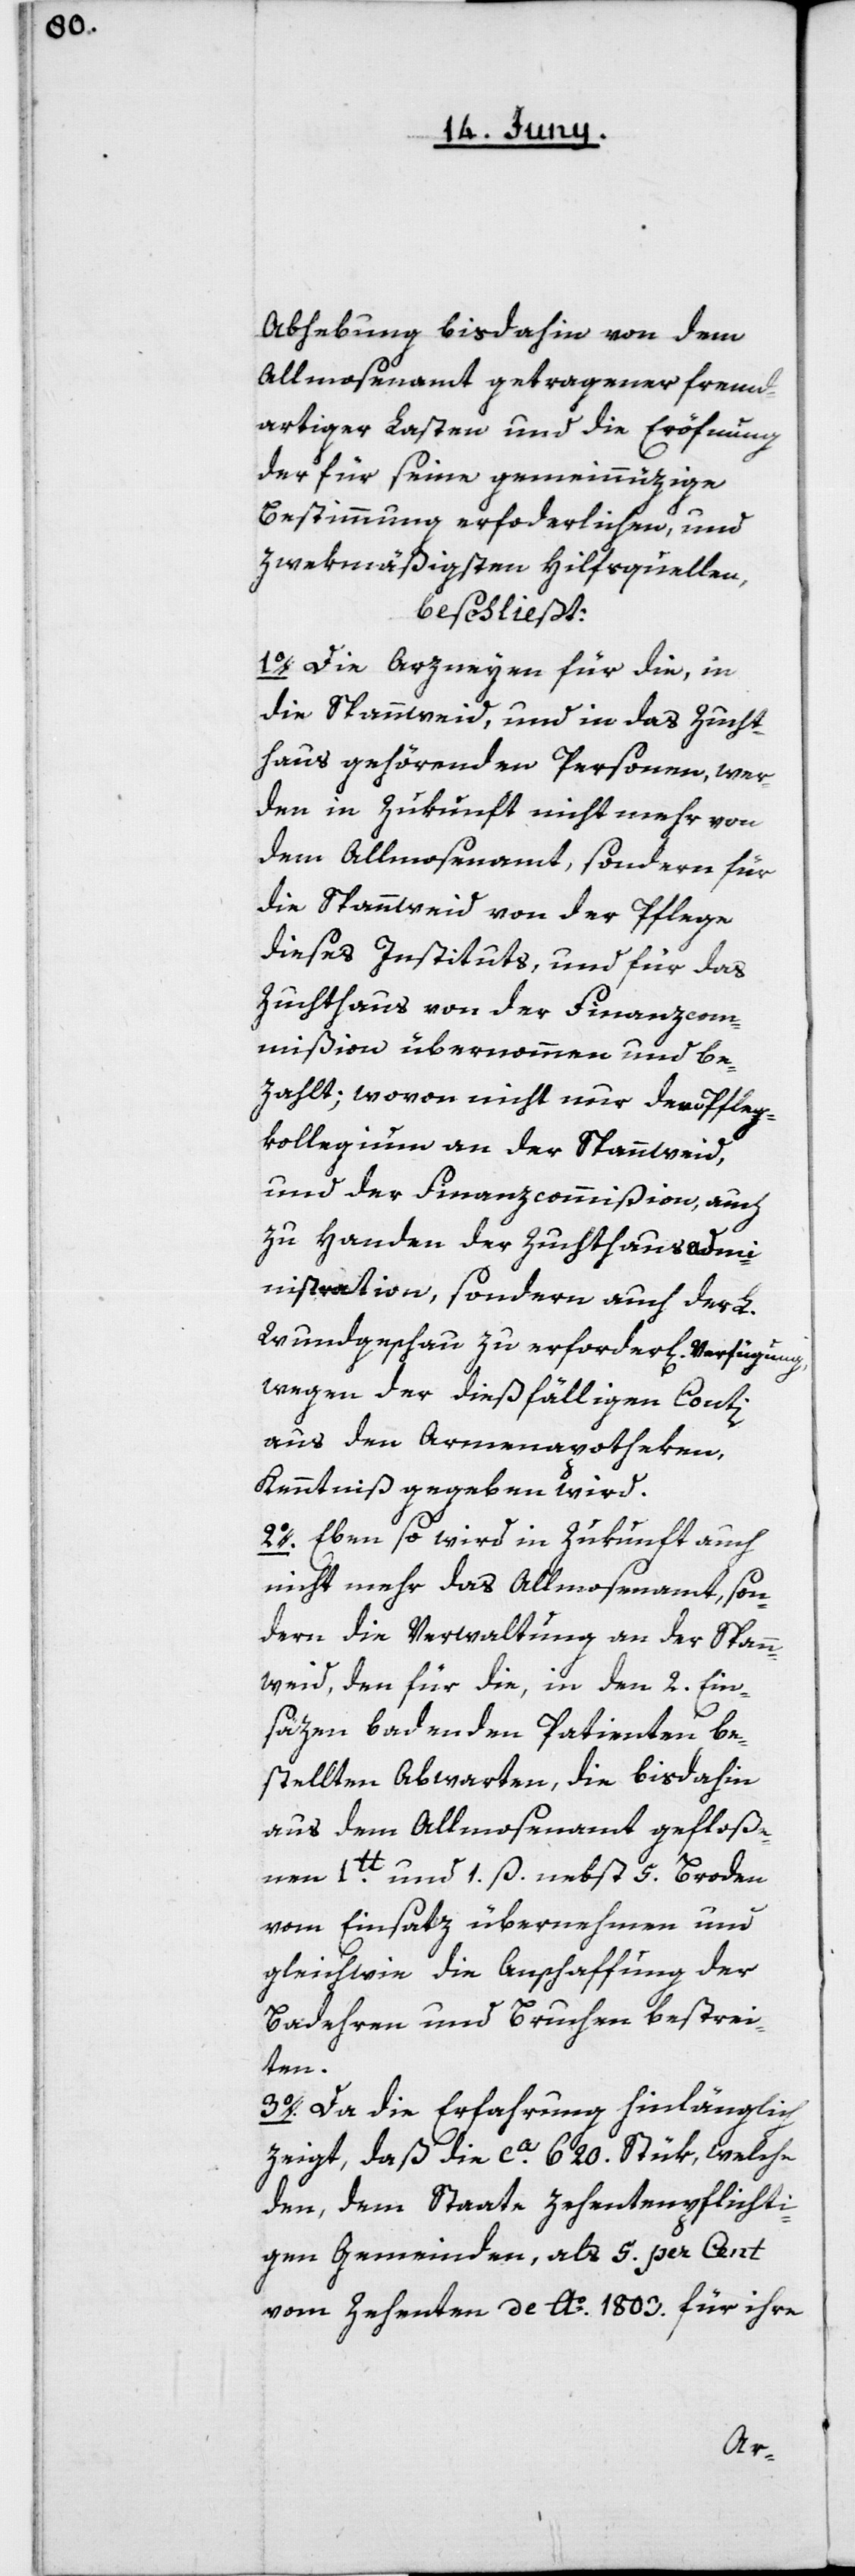
Abhebung bis dahin von dem
Allmosenamt getragener fremd¬
artiger Lasten und die Eröfnung
der für seine gemeinnüzige
Bestimmung erforderlichen, und
zwekmäßigsten Hilfsquellen,
beschließt:
1o. Die Arzneyen für die, in
die Spannweid, und in das Zucht¬
haus gehörenden Personen, wer¬
den in Zukunft nicht mehr von
dem Allmosenamt, sondern für
die Spannweid von der Pflege
dieses Instituts, und für das
Zuchthaus von der Finanzcom¬
mißion übernommen und be¬
zahlt; wovon nicht nur dem Pfleg¬
kollegium an der Spanweid,
und der Finanzcommißion, auch
zu Handen der Zuchthausadm¬
inistration, sondern auch der L.
Wundgeschau zu erforder[licher] Verfügung
wegen der dießfälligen Conti
aus den Armenapotheken,
Kenntniß gegeben wird.
2o. Eben so wird in Zukunft auch
nicht mehr das Allmosenamt, son¬
dern die Verwaltung an der Spann¬
weid, den für die, in den 2. Ein¬
säzen badenden Patienten be¬
stellten Abwarten, die bis dahin
aus dem Allmosenamt gefloße¬
nen 1 lb und 1. ß nebst 5. Broden
vom Einsatz übernehmen und
gleichwie die Anschaffung der
Badehren und Bruchen bestrei¬
ten.
3o. Da die Erfahrung hinlänglich
zeigt, daß die ca. 620. Stük, welche
den, dem Staate zehentpflichti¬
gen Gemeinden, als 5. per Cent
vom Zehenten de Ao 1803. für ihre